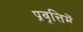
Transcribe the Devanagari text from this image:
प्रवृत्तिमें